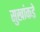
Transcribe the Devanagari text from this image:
सुखांकडे